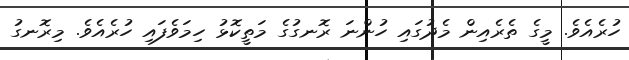
ހުރެއެވެ. މީގެ ތެރެއިން މެދުގައި ހުންނަ ރޮނގުގެ މަތީކޮޅު ހިމަވެފައި ހުރެއެވެ. މިރޮނގު